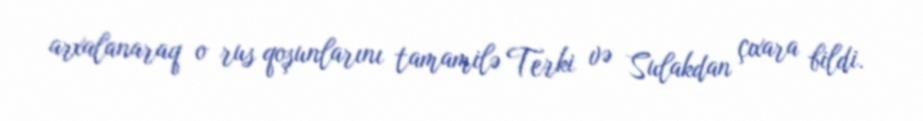
arxalanaraq o rus qoşunlarını tamamilə Terki və Sulakdan çıxara bildi.